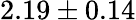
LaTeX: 2.19\pm 0.14